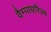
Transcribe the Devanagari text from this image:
वैम्पायरिज़्म